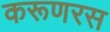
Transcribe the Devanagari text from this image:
करूणरस